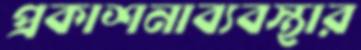
প্রকাশনাব্যবস্থার